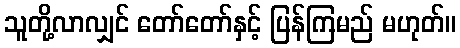
သူတို့လာလျှင် တော်တော်နှင့် ပြန်ကြမည် မဟုတ်။